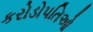
કરોડોપતિઓ